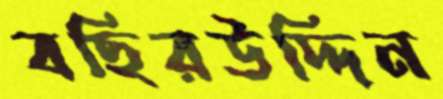
বছিরউদ্দিন